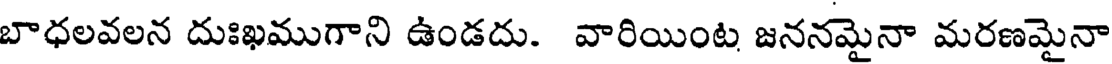
బాధలవలన దుఃఖముగాని ఉండదు. వారియింట జననమైనా మరణమైనా